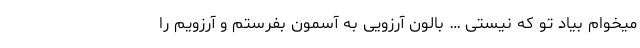
میخوام بیاد تو که نیستی … بالون آرزویی به آسمون بفرستم و آرزویم را